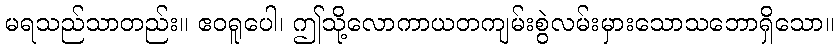
မရသည်သာတည်း။ ဧဝရူပေါ၊ ဤသို့လောကာယတကျမ်းစွဲလမ်းမှားသောသဘောရှိသော။